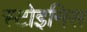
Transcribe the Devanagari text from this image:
स्टोइनिस